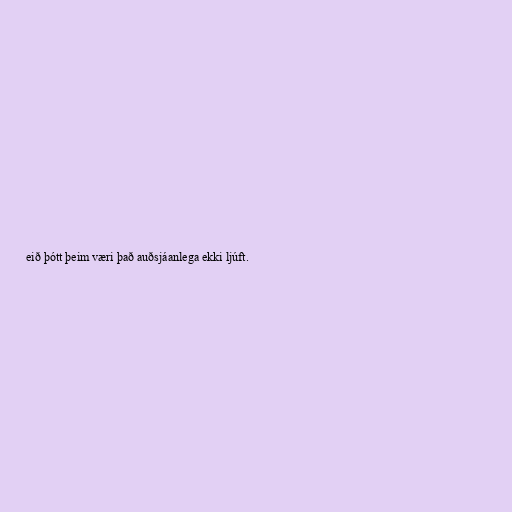
eið þótt þeim væri það auðsjáanlega ekki ljúft.